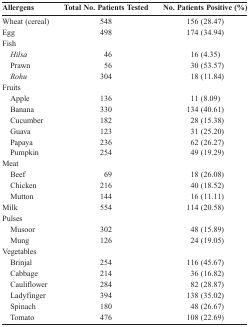
<table><thead><tr><td><b>Allergens</b></td><td><b>Total No. Patients Tested</b></td><td><b>No. Patients Positive (%)</b></td></tr></thead><tbody><tr><td>Wheat (cereal)</td><td>548</td><td>156 (28.47)</td></tr><tr><td>Egg</td><td>498</td><td>174 (34.94)</td></tr><tr><td>Fish</td><td></td><td></td></tr><tr><td> <i>Hilsa</i></td><td>46</td><td>16 (4.35)</td></tr><tr><td> Prawn</td><td>56</td><td>30 (53.57)</td></tr><tr><td> <i>Rohu</i></td><td>304</td><td>18 (11.84)</td></tr><tr><td>Fruits</td><td></td><td></td></tr><tr><td> Apple</td><td>136</td><td>11 (8.09)</td></tr><tr><td> Banana</td><td>330</td><td>134 (40.61)</td></tr><tr><td> Cucumber</td><td>182</td><td>28 (15.38)</td></tr><tr><td> Guava</td><td>123</td><td>31 (25.20)</td></tr><tr><td> Papaya</td><td>236</td><td>62 (26.27)</td></tr><tr><td> Pumpkin</td><td>254</td><td>49 (19.29)</td></tr><tr><td>Meat</td><td></td><td></td></tr><tr><td> Beef</td><td>69</td><td>18 (26.08)</td></tr><tr><td> Chicken</td><td>216</td><td>40 (18.52)</td></tr><tr><td> Mutton</td><td>144</td><td>16 (11.11)</td></tr><tr><td>Milk</td><td>554</td><td>114 (20.58)</td></tr><tr><td>Pulses</td><td></td><td></td></tr><tr><td> Musoor</td><td>302</td><td>48 (15.89)</td></tr><tr><td> Mung</td><td>126</td><td>24 (19.05)</td></tr><tr><td>Vegetables</td><td></td><td></td></tr><tr><td> Brinjal</td><td>254</td><td>116 (45.67)</td></tr><tr><td> Cabbage</td><td>214</td><td>36 (16.82)</td></tr><tr><td> Cauliflower</td><td>284</td><td>82 (28.87)</td></tr><tr><td> Ladyfinger</td><td>394</td><td>138 (35.02)</td></tr><tr><td> Spinach</td><td>180</td><td>48 (26.67)</td></tr><tr><td> Tomato</td><td>476</td><td>108 (22.69)</td></tr></tbody></table>